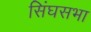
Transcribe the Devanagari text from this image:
सिंघसभा